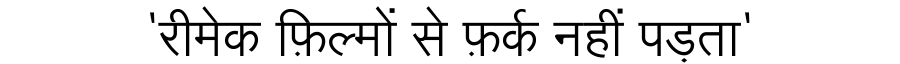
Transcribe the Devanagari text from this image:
'रीमेक फ़िल्मों से फ़र्क नहीं पड़ता'